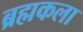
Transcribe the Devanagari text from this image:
ब्रह्मकला